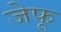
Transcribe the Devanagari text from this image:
जेफू